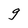
Character: g